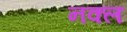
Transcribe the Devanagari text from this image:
नक्ल